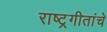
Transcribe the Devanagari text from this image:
राष्ट्रगीतांचे